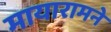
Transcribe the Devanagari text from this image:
मायारामने